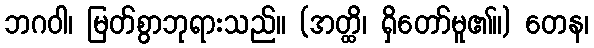
ဘဂဝါ၊ မြတ်စွာဘုရားသည်။ (အတ္ထိ၊ ရှိတော်မူ၏။) တေန၊